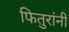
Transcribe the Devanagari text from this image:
फितुरांनी